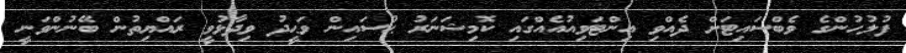
ފުލުހުންގެ ވެބްސައިޓަށް ދެއްވި އިންޓަވިއުއެއްގައި ކޮމިޝަނަރު ޙުސައިން ވަޙީދު ވިދާޅުވީ ރައްޔިތުން ބޭނުންވަނީ